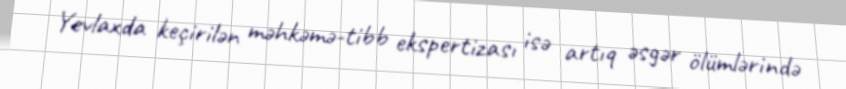
Yevlaxda keçirilən məhkəmə-tibb ekspertizası isə artıq əsgər ölümlərində